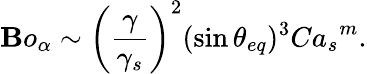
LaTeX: {\mathbf{B}o_{\alpha}}\sim\left(\frac{{\gamma}}{{\gamma_{s}}}\right)^{2}(\sin{\theta_{eq}})^{3}{Ca_{s}}^{m}.